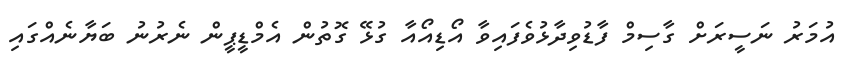
އުމަރު ނަސީރަށް ގާސިމް ފާޑުވިދާޅުވެފައިވާ އޯޑިއޯއާ ގުޅޭ ގޮތުން އެމްޑީޕީން ނެރުނު ބަޔާނެއްގައި